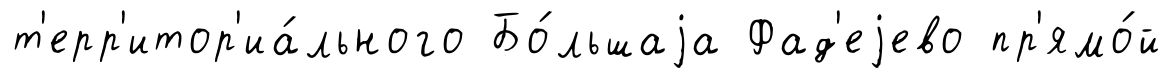
т'ерр'итор'иа́льного Бо́льшаjа Фад'еjево пр'ямо́й